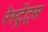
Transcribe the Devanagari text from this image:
रेस्ट्रेंट्स